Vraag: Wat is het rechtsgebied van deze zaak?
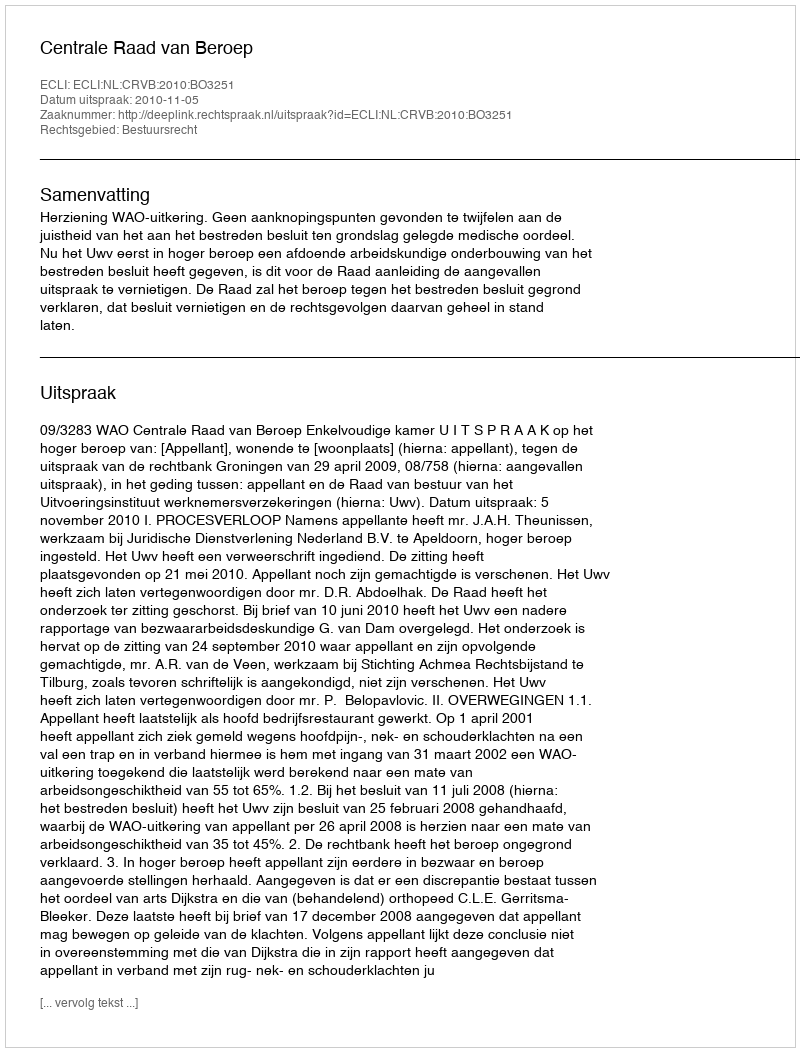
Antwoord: Bestuursrecht